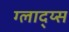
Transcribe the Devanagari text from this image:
ग्लाद्य्स